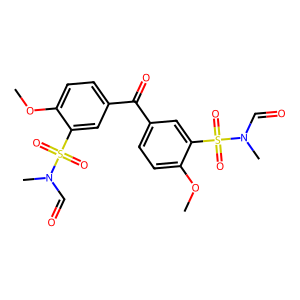
SMILES: COc1ccc(C(=O)c2ccc(OC)c(S(=O)(=O)N(C)C=O)c2)cc1S(=O)(=O)N(C)C=O
Inhibits HIV replication: No